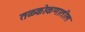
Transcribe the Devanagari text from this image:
तळकोकणातील